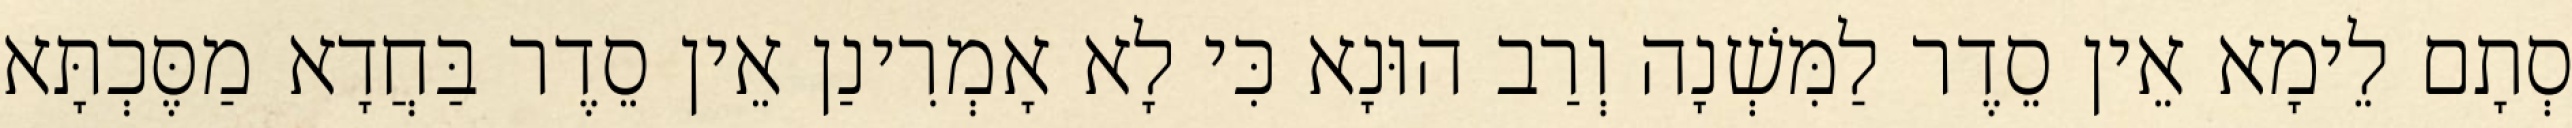
סְתָם לֵימָא אֵין סֵדֶר לַמִּשְׁנָה וְרַב הוּנָא כִּי לָא אָמְרִינַן אֵין סֵדֶר בַּחֲדָא מַסֶּכְתָּא